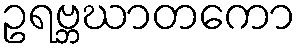
ဥရဗ္ဘဃာတကော